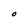
Character: O